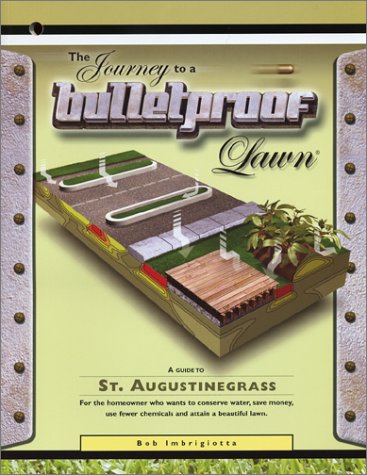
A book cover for The Journey to a Bulletproof Lawn: A Guide to St. Augustinegrass; Bob Imbrigiotta; Crafts, Hobbies & Home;